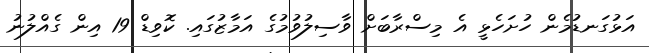
އަޅުގަނޑުމެން ހުށަހެޅީ އެ މިސްރާބަށް ވާސިލުވުމުގެ އަމާޒުގައި. ކޮވިޑް 19 އިން ގެއްލުނު